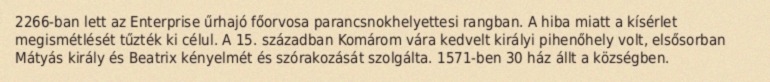
2266-ban lett az Enterprise űrhajó főorvosa parancsnokhelyettesi rangban. A hiba miatt a kísérlet megismétlését tűzték ki célul. A 15. században Komárom vára kedvelt királyi pihenőhely volt, elsősorban Mátyás király és Beatrix kényelmét és szórakozását szolgálta. 1571-ben 30 ház állt a községben.